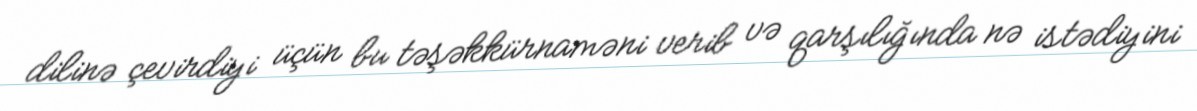
dilinə çevirdiyi üçün bu təşəkkürnaməni verib və qarşılığında nə istədiyini